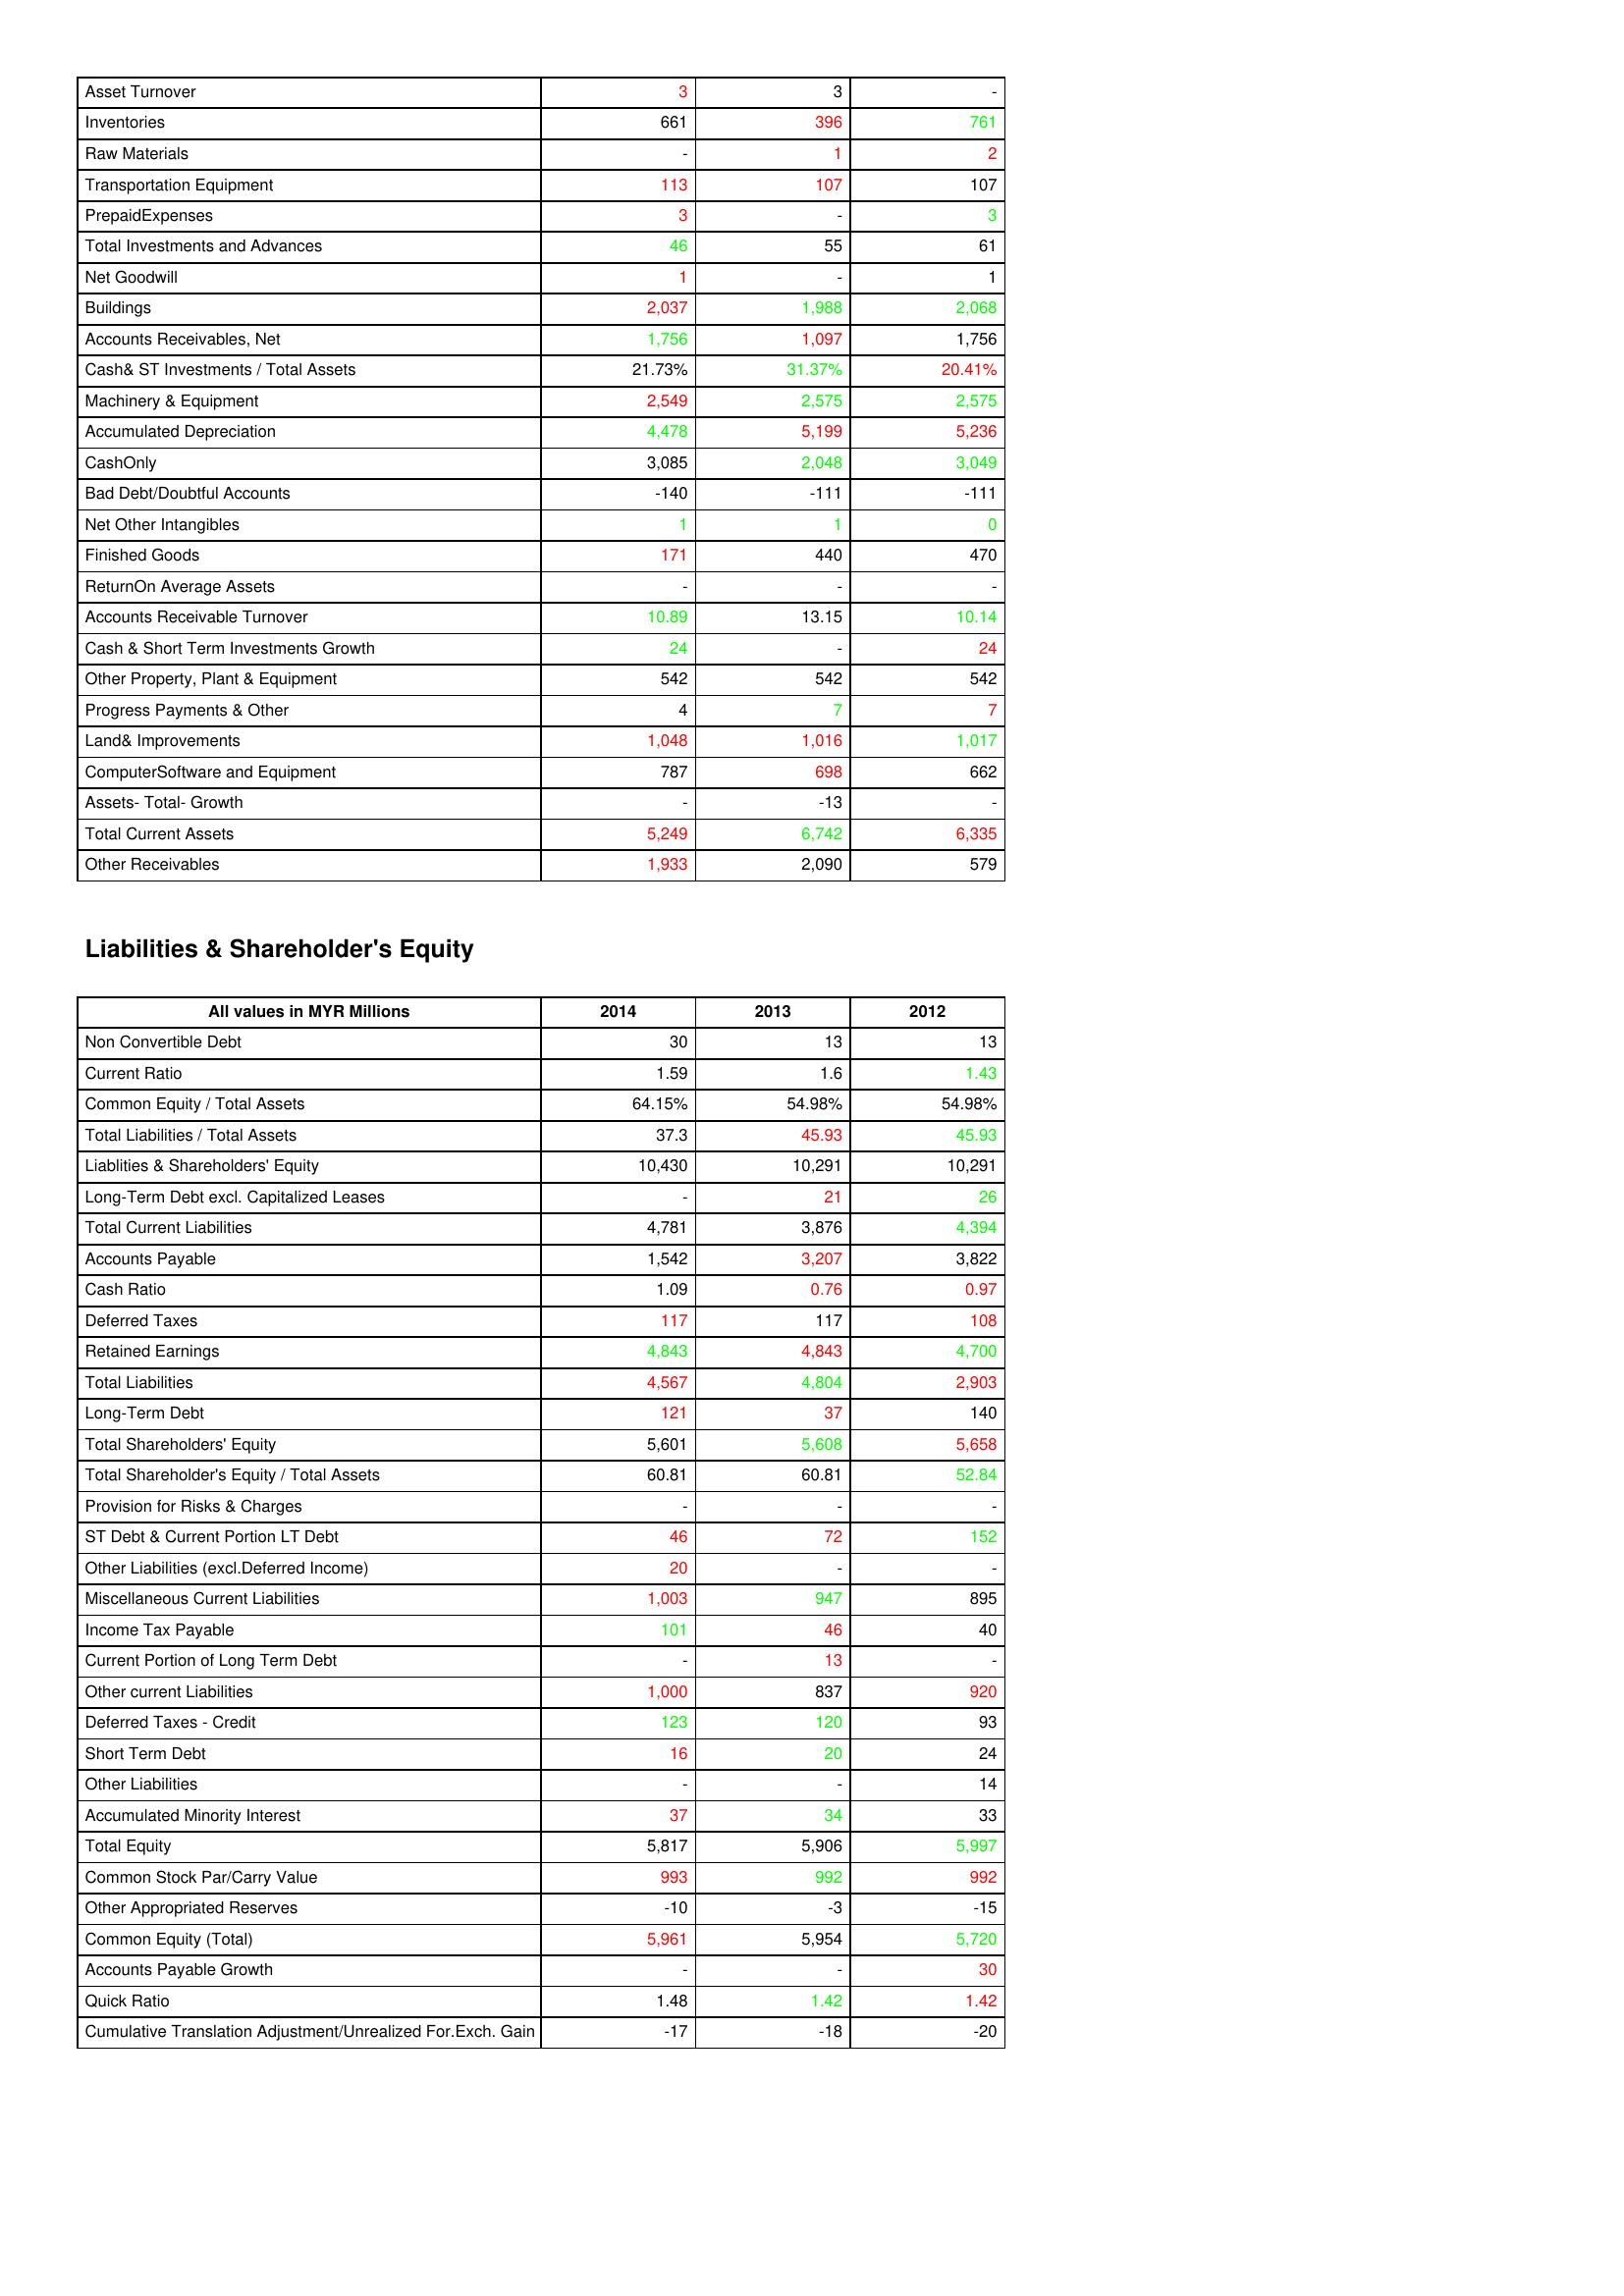
gt_parse: 2014: Assets: Asset Turnover: 3
Inventories: 661
Raw Materials: -
Transportation Equipment: 113
PrepaidExpenses: 3
Total Investments and Advances: 46
Net Goodwill: 1
Buildings: 2,037
Accounts Receivables, Net: 1,756
Cash& ST Investments / Total Assets: 21.73%
Machinery & Equipment: 2,549
Accumulated Depreciation: 4,478
CashOnly: 3,085
Bad Debt/Doubtful Accounts: -140
Net Other Intangibles: 1
Finished Goods: 171
ReturnOn Average Assets: -
Accounts Receivable Turnover: 10.89
Cash & Short Term Investments Growth: 24
Other Property, Plant & Equipment: 542
Progress Payments & Other: 4
Land& Improvements: 1,048
ComputerSoftware and Equipment: 787
Assets- Total- Growth: -
Total Current Assets: 5,249
Other Receivables: 1,933
Liabilities & Shareholder's Equity: Non Convertible Debt: 30
Current Ratio: 1.59
Common Equity / Total Assets: 64.15%
Total Liabilities / Total Assets: 37.3
Liablities & Shareholders' Equity: 10,430
Long-Term Debt excl. Capitalized Leases: -
Total Current Liabilities: 4,781
Accounts Payable: 1,542
Cash Ratio: 1.09
Deferred Taxes: 117
Retained Earnings: 4,843
Total Liabilities: 4,567
Long-Term Debt: 121
Total Shareholders' Equity: 5,601
Total Shareholder's Equity / Total Assets: 60.81
Provision for Risks & Charges: -
ST Debt & Current Portion LT Debt: 46
Other Liabilities (excl.Deferred Income): 20
Miscellaneous Current Liabilities: 1,003
Income Tax Payable: 101
Current Portion of Long Term Debt: -
Other current Liabilities: 1,000
Deferred Taxes - Credit: 123
Short Term Debt: 16
Other Liabilities: -
Accumulated Minority Interest: 37
Total Equity: 5,817
Common Stock Par/Carry Value: 993
Other Appropriated Reserves: -10
Common Equity (Total): 5,961
Accounts Payable Growth: -
Quick Ratio: 1.48
Cumulative Translation Adjustment/Unrealized For.Exch. Gain: -17
2013: Assets: Asset Turnover: 3
Inventories: 396
Raw Materials: 1
Transportation Equipment: 107
PrepaidExpenses: -
Total Investments and Advances: 55
Net Goodwill: -
Buildings: 1,988
Accounts Receivables, Net: 1,097
Cash& ST Investments / Total Assets: 31.37%
Machinery & Equipment: 2,575
Accumulated Depreciation: 5,199
CashOnly: 2,048
Bad Debt/Doubtful Accounts: -111
Net Other Intangibles: 1
Finished Goods: 440
ReturnOn Average Assets: -
Accounts Receivable Turnover: 13.15
Cash & Short Term Investments Growth: -
Other Property, Plant & Equipment: 542
Progress Payments & Other: 7
Land& Improvements: 1,016
ComputerSoftware and Equipment: 698
Assets- Total- Growth: -13
Total Current Assets: 6,742
Other Receivables: 2,090
Liabilities & Shareholder's Equity: Non Convertible Debt: 13
Current Ratio: 1.6
Common Equity / Total Assets: 54.98%
Total Liabilities / Total Assets: 45.93
Liablities & Shareholders' Equity: 10,291
Long-Term Debt excl. Capitalized Leases: 21
Total Current Liabilities: 3,876
Accounts Payable: 3,207
Cash Ratio: 0.76
Deferred Taxes: 117
Retained Earnings: 4,843
Total Liabilities: 4,804
Long-Term Debt: 37
Total Shareholders' Equity: 5,608
Total Shareholder's Equity / Total Assets: 60.81
Provision for Risks & Charges: -
ST Debt & Current Portion LT Debt: 72
Other Liabilities (excl.Deferred Income): -
Miscellaneous Current Liabilities: 947
Income Tax Payable: 46
Current Portion of Long Term Debt: 13
Other current Liabilities: 837
Deferred Taxes - Credit: 120
Short Term Debt: 20
Other Liabilities: -
Accumulated Minority Interest: 34
Total Equity: 5,906
Common Stock Par/Carry Value: 992
Other Appropriated Reserves: -3
Common Equity (Total): 5,954
Accounts Payable Growth: -
Quick Ratio: 1.42
Cumulative Translation Adjustment/Unrealized For.Exch. Gain: -18
2012: Assets: Asset Turnover: -
Inventories: 761
Raw Materials: 2
Transportation Equipment: 107
PrepaidExpenses: 3
Total Investments and Advances: 61
Net Goodwill: 1
Buildings: 2,068
Accounts Receivables, Net: 1,756
Cash& ST Investments / Total Assets: 20.41%
Machinery & Equipment: 2,575
Accumulated Depreciation: 5,236
CashOnly: 3,049
Bad Debt/Doubtful Accounts: -111
Net Other Intangibles: 0
Finished Goods: 470
ReturnOn Average Assets: -
Accounts Receivable Turnover: 10.14
Cash & Short Term Investments Growth: 24
Other Property, Plant & Equipment: 542
Progress Payments & Other: 7
Land& Improvements: 1,017
ComputerSoftware and Equipment: 662
Assets- Total- Growth: -
Total Current Assets: 6,335
Other Receivables: 579
Liabilities & Shareholder's Equity: Non Convertible Debt: 13
Current Ratio: 1.43
Common Equity / Total Assets: 54.98%
Total Liabilities / Total Assets: 45.93
Liablities & Shareholders' Equity: 10,291
Long-Term Debt excl. Capitalized Leases: 26
Total Current Liabilities: 4,394
Accounts Payable: 3,822
Cash Ratio: 0.97
Deferred Taxes: 108
Retained Earnings: 4,700
Total Liabilities: 2,903
Long-Term Debt: 140
Total Shareholders' Equity: 5,658
Total Shareholder's Equity / Total Assets: 52.84
Provision for Risks & Charges: -
ST Debt & Current Portion LT Debt: 152
Other Liabilities (excl.Deferred Income): -
Miscellaneous Current Liabilities: 895
Income Tax Payable: 40
Current Portion of Long Term Debt: -
Other current Liabilities: 920
Deferred Taxes - Credit: 93
Short Term Debt: 24
Other Liabilities: 14
Accumulated Minority Interest: 33
Total Equity: 5,997
Common Stock Par/Carry Value: 992
Other Appropriated Reserves: -15
Common Equity (Total): 5,720
Accounts Payable Growth: 30
Quick Ratio: 1.42
Cumulative Translation Adjustment/Unrealized For.Exch. Gain: -20